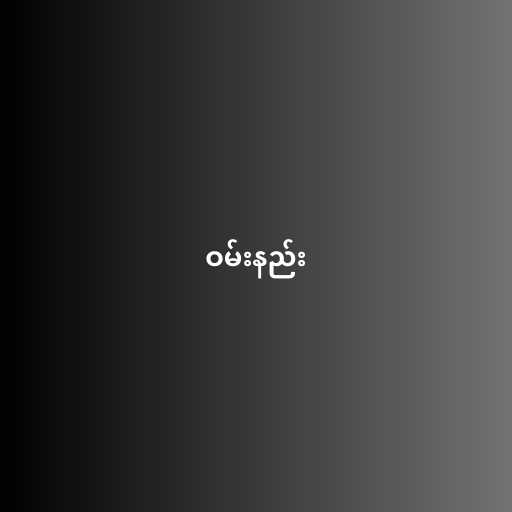
ဝမ်းနည်း